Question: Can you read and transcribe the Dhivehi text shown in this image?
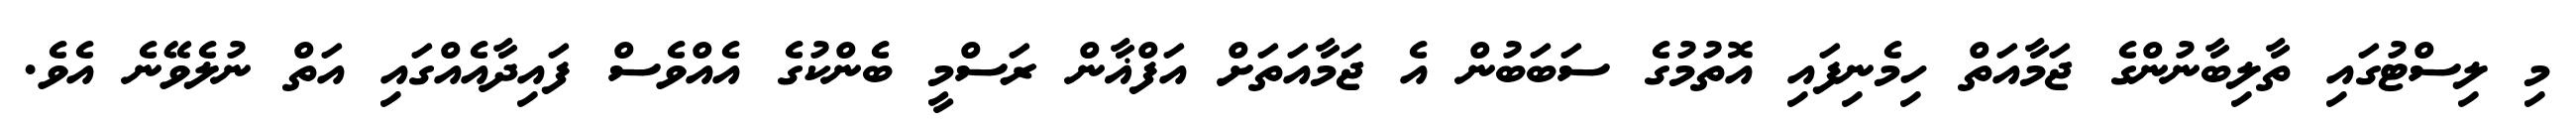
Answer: މި ލިސްޓުގައި ތާލިބާނުންގެ ޖަމާއަތް ހިމެނިފައި އޮތުމުގެ ސަބަބުން އެ ޖަމާއަތަށް އަފްޣާން ރަސްމީ ބެންކުގެ އެއްވެސް ފައިދާއެއްގައި އަތް ނުލެވޭނެ އެވެ.